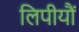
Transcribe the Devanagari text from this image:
लिपीयौं